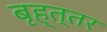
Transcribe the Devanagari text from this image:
बृह्त्तर